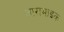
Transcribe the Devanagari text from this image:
आरामाइक